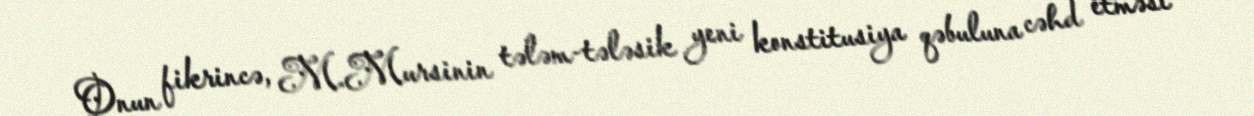
Onun fikrincə, M.Mursinin tələm-tələsik yeni konstitusiya qəbuluna cəhd etməsi